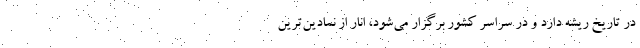
در تاریخ ریشه دارد و در سراسر کشور برگزار می‌شود، انار از نمادین‌ترین